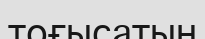
тоғысатын